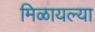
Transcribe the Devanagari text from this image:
मिळायल्या